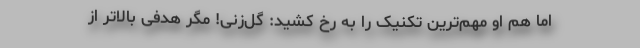
اما هم او مهم‌ترین تکنیک را به رخ کشید: گل‌زنی! مگر هدفی بالاتر از